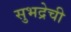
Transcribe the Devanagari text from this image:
सुभद्रेची